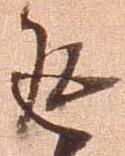
返